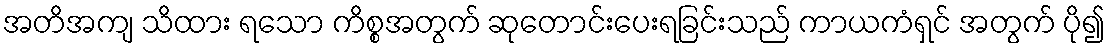
အတိအကျ သိထား ရသော ကိစ္စအတွက် ဆုတောင်းပေးရခြင်းသည် ကာယကံရှင် အတွက် ပို၍